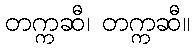
တက္ကဆီ၊ တက္ကဆီ။